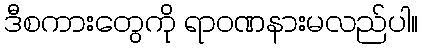
ဒီစကားတွေကို ရာဝဏနားမလည်ပါ။